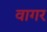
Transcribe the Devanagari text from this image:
वागर